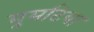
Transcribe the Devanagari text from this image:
मुमटिया